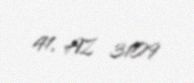
41, AZ 3109